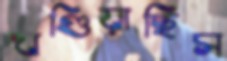
খণ্ডিয়াছিস